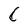
Character: C